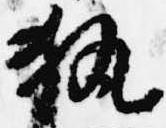
執